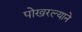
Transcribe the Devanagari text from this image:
पोखरल्याने